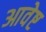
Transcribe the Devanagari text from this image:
आवेष्ट